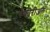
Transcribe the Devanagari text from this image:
बँक्टेरीअल